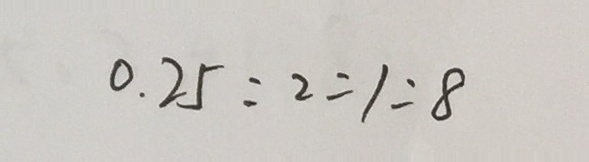
0 . 2 5 : 2 = 1 : 8